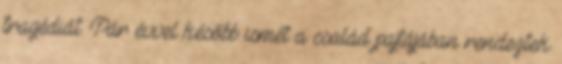
tragédiát. Pár évvel később ismét a család pajtájában rendeztek